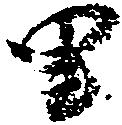
里